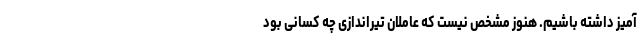
آمیز داشته باشیم. هنوز مشخص نیست که عاملان تیراندازی چه کسانی بود